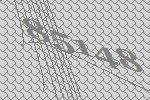
85148